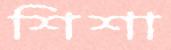
শিশা